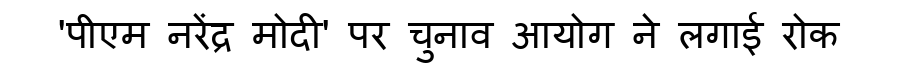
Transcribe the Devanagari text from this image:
'पीएम नरेंद्र मोदी' पर चुनाव आयोग ने लगाई रोक